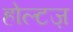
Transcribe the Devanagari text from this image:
होल्टज़